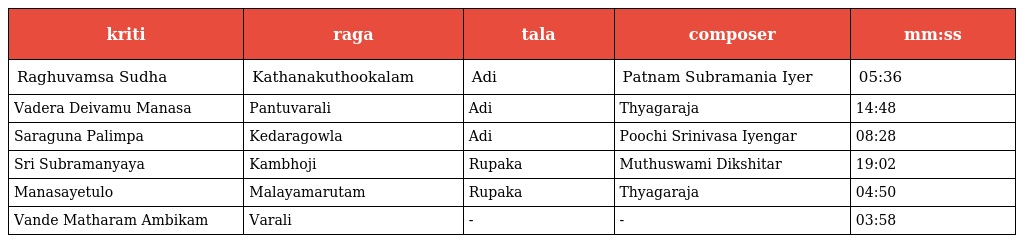
| kriti | raga | tala | composer | mm:ss |
 | --- | --- | --- | --- | --- |
 | Raghuvamsa Sudha | Kathanakuthookalam | Adi | Patnam Subramania Iyer | 05:36 |
 | Vadera Deivamu Manasa | Pantuvarali | Adi | Thyagaraja | 14:48 |
 | Saraguna Palimpa | Kedaragowla | Adi | Poochi Srinivasa Iyengar | 08:28 |
 | Sri Subramanyaya | Kambhoji | Rupaka | Muthuswami Dikshitar | 19:02 |
 | Manasayetulo | Malayamarutam | Rupaka | Thyagaraja | 04:50 |
 | Vande Matharam Ambikam | Varali | - | - | 03:58 |